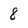
Character: 8